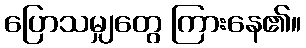
ပြောသမျှတွေ ကြားနေ၏။